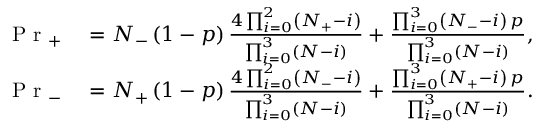
\begin{array} { r l } { \mathrm { ~ P ~ r ~ } _ { + } } & { { } = N _ { - } \left( 1 - p \right) \frac { 4 \prod _ { i = 0 } ^ { 2 } \left( N _ { + } - i \right) } { \prod _ { i = 0 } ^ { 3 } \left( N - i \right) } + \frac { \prod _ { i = 0 } ^ { 3 } \left( N _ { - } - i \right) \, p } { \prod _ { i = 0 } ^ { 3 } \left( N - i \right) } , } \\ { \mathrm { ~ P ~ r ~ } _ { - } } & { { } = N _ { + } \left( 1 - p \right) \frac { 4 \prod _ { i = 0 } ^ { 2 } \left( N _ { - } - i \right) } { \prod _ { i = 0 } ^ { 3 } \left( N - i \right) } + \frac { \prod _ { i = 0 } ^ { 3 } \left( N _ { + } - i \right) \, p } { \prod _ { i = 0 } ^ { 3 } \left( N - i \right) } . } \end{array}